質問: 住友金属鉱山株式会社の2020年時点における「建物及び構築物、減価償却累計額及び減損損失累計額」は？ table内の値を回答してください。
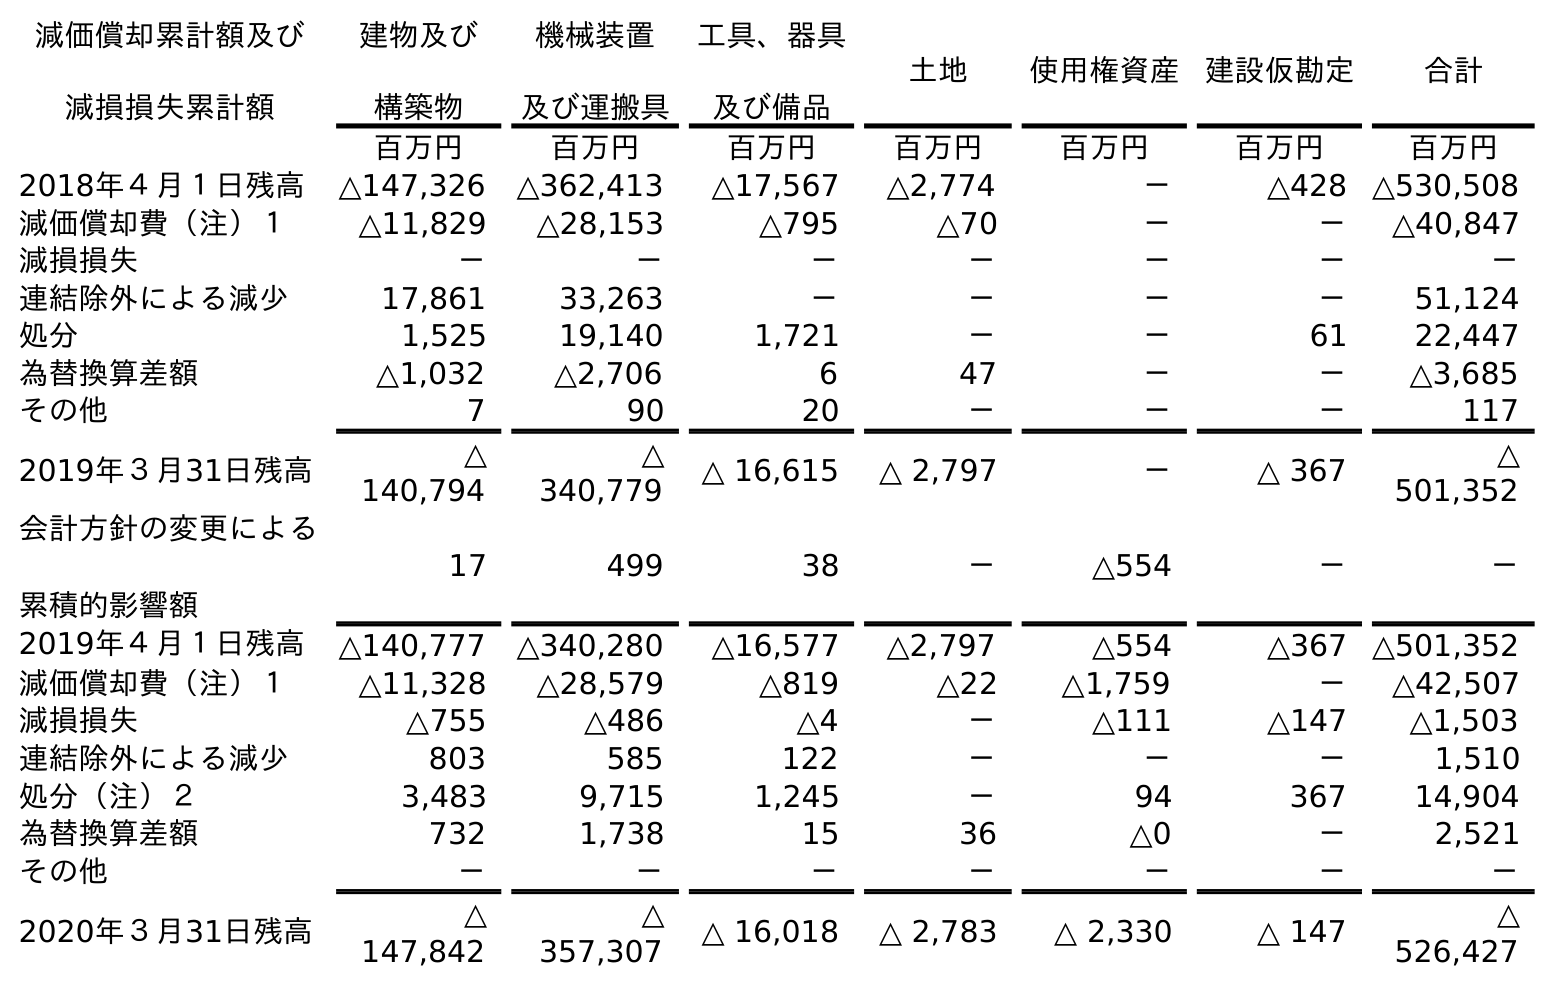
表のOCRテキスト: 減価償却累計額及び 減損損失累計額 建物及び 構築物 機械装置 及び運搬具 工具、器具 及び備品 土地 使用権資産 建設仮勘定 合計 百万円 百万円 百万円 百万円 百万円 百万円 百万円 2018年４月１日残高 △147,326 △362,413 △17,567 △2,774 － △428 △530,508 減価償却費（注）１ △11,829 △28,153 △795 △70 － － △40,847 減損損失 － － － － － － － 連結除外による減少 17,861 33,263 － － － － 51,124 処分 1,525 19,140 1,721 － － 61 22,447 為替換算差額 △1,032 △2,706 6 47 － － △3,685 その他 7 90 20 － － － 117 2019年３月31日残高 △ 140,794 △ 340,779 △ 16,615 △ 2,797 － △ 367 △ 501,352 会計方針の変更による 累積的影響額 17 499 38 － △554 － － 2019年４月１日残高 △140,777 △340,280 △16,577 △2,797 △554 △367 △501,352 減価償却費（注）１ △11,328 △28,579 △819 △22 △1,759 － △42,507 減損損失 △755 △486 △4 － △111 △147 △1,503 連結除外による減少 803 585 122 － － － 1,510 処分（注）２ 3,483 9,715 1,245 － 94 367 14,904 為替換算差額 732 1,738 15 36 △0 － 2,521 その他 － － － － － － － 2020年３月31日残高 △ 147,842 △ 357,307 △ 16,018 △ 2,783 △ 2,330 △ 147 △ 526,427
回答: △147,842